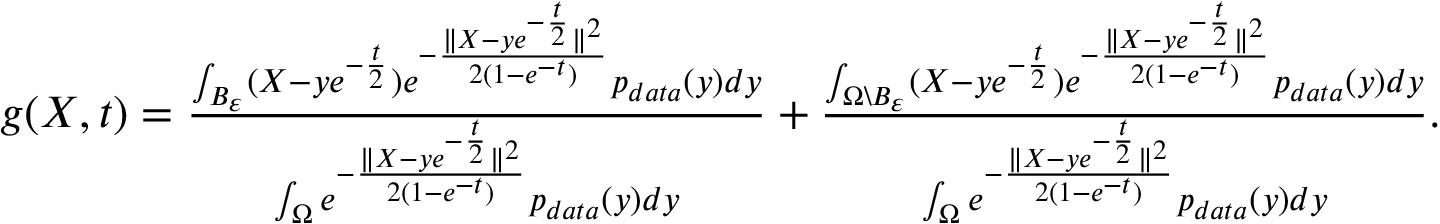
\begin{array} { r } { g ( X , t ) = \frac { \int _ { B _ { \varepsilon } } ( X - y e ^ { - \frac { t } { 2 } } ) e ^ { - \frac { \| X - y e ^ { - \frac { t } { 2 } } \| ^ { 2 } } { 2 ( 1 - e ^ { - t } ) } } p _ { d a t a } ( y ) d y } { \int _ { \Omega } e ^ { - \frac { \| X - y e ^ { - \frac { t } { 2 } } \| ^ { 2 } } { 2 ( 1 - e ^ { - t } ) } } p _ { d a t a } ( y ) d y } + \frac { \int _ { \Omega \backslash B _ { \varepsilon } } ( X - y e ^ { - \frac { t } { 2 } } ) e ^ { - \frac { \| X - y e ^ { - \frac { t } { 2 } } \| ^ { 2 } } { 2 ( 1 - e ^ { - t } ) } } p _ { d a t a } ( y ) d y } { \int _ { \Omega } e ^ { - \frac { \| X - y e ^ { - \frac { t } { 2 } } \| ^ { 2 } } { 2 ( 1 - e ^ { - t } ) } } p _ { d a t a } ( y ) d y } . } \end{array}